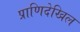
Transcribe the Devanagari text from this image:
प्राणिदेखिल